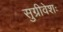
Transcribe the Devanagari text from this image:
सुग्रीवेशः